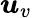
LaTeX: \boldsymbol{u}_{v}